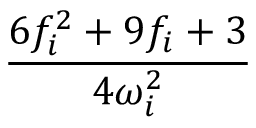
\frac { 6 f _ { i } ^ { 2 } + 9 f _ { i } + 3 } { 4 \omega _ { i } ^ { 2 } }